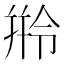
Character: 𬾺